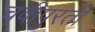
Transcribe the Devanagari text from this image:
चवीपुरती